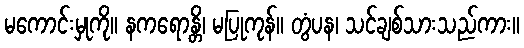
မကောင်းမှုကို။ နကရောန္တိ၊ မပြုကုန်။ တွံပန၊ သင်ချစ်သားသည်ကား။